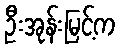
ဦးအုန်းမြင့်က